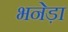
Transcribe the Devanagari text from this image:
भनेड़ा